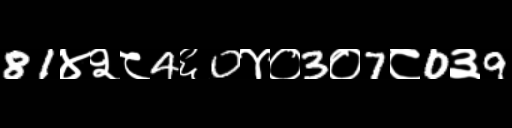
Text: 81४२८4६0४०3०7८0३9